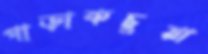
পাড়াকচুয়া